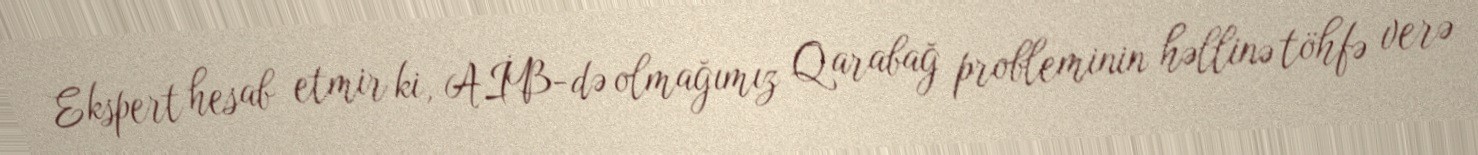
Ekspert hesab etmir ki, AİB-də olmağımız Qarabağ probleminin həllinə töhfə verə